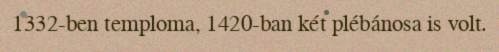
1332-ben temploma, 1420-ban két plébánosa is volt.